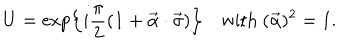
LaTeX: U = \exp \left\{ i \frac { \pi } { 2 } ( { \bf 1 } + \vec { \alpha } \cdot \vec { \sigma } ) \right\} \quad \mathrm { w i t h } \ ( \vec { \alpha } ) ^ { 2 } = 1 .